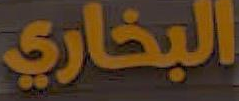
البخاري